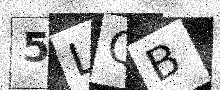
Text: 5LQB